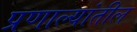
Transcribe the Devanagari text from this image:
प्रणाल्यांतील